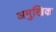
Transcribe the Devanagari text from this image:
अमुखिक